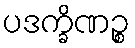
ပဒက္ခိဏဉ္စ